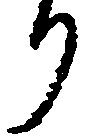
り